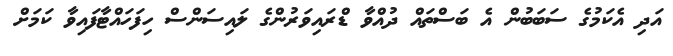
އަދި އެކަމުގެ ސަބަބުން އެ ބަސްތައް ދުއްވާ ޑްރައިވަރުންގެ ލައިސަންސް ހިފަހައްޓާފައިވާ ކަމަށް